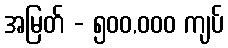
အမြတ် - ၅၀၀,၀၀၀ ကျပ်